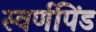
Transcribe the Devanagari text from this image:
स्वर्णपिंड